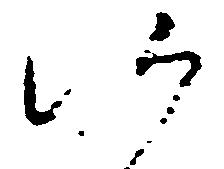
候